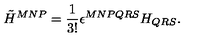
{ \tilde { H } } ^ { M N P } = \frac { 1 } { 3 ! } \epsilon ^ { M N P Q R S } H _ { Q R S } .